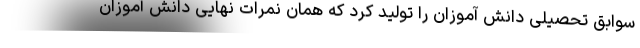
سوابق تحصیلی دانش آموزان را تولید کرد که همان نمرات نهایی دانش آموزان